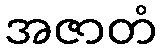
အဇာတံ